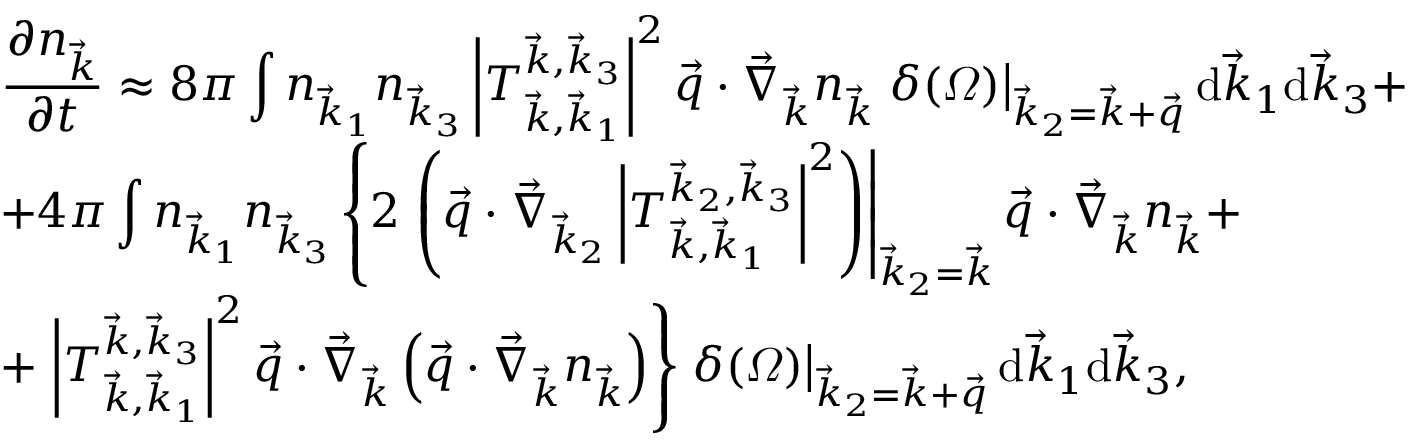
\begin{array} { l } { \displaystyle \frac { \partial n _ { \vec { k } } } { \partial t } \approx 8 \pi \int n _ { \vec { k } _ { 1 } } n _ { \vec { k } _ { 3 } } \left| T _ { \vec { k } , \vec { k } _ { 1 } } ^ { \vec { k } , \vec { k } _ { 3 } } \right| ^ { 2 } \vec { q } \cdot \vec { \nabla } _ { \vec { k } } n _ { \vec { k } } \left. \delta ( \varOmega ) \right| _ { \vec { k } _ { 2 } = \vec { k } + \vec { q } } \mathrm d \vec { k } _ { 1 } \mathrm d \vec { k } _ { 3 } + } \\ { \displaystyle + 4 \pi \int n _ { \vec { k } _ { 1 } } n _ { \vec { k } _ { 3 } } \left\{ 2 \left. \left( \vec { q } \cdot \vec { \nabla } _ { \vec { k } _ { 2 } } \left| T _ { \vec { k } , \vec { k } _ { 1 } } ^ { \vec { k } _ { 2 } , \vec { k } _ { 3 } } \right| ^ { 2 } \right) \right| _ { \vec { k } _ { 2 } = \vec { k } } \vec { q } \cdot \vec { \nabla } _ { \vec { k } } n _ { \vec { k } } + \right. } \\ { + \left. \left| T _ { \vec { k } , \vec { k } _ { 1 } } ^ { \vec { k } , \vec { k } _ { 3 } } \right| ^ { 2 } \vec { q } \cdot \vec { \nabla } _ { \vec { k } } \left( \vec { q } \cdot \vec { \nabla } _ { \vec { k } } n _ { \vec { k } } \right) \right\} \left. \delta ( \varOmega ) \right| _ { \vec { k } _ { 2 } = \vec { k } + \vec { q } } \mathrm d \vec { k } _ { 1 } \mathrm d \vec { k } _ { 3 } , } \end{array}